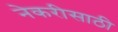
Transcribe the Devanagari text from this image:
नेकरीसाठी